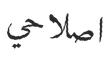
اصلاحي